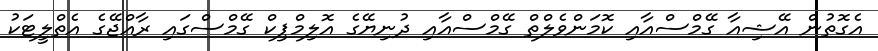
އެގޮތުން އޭޝިއާ ގޭމްސްއާއި ކޮމަންވެލްތް ގޭމްސްއާއި ދުނިޔޭގެ އޮލިމްޕިކް ގޭމްސްގައި ރާއްޖޭގެ އެތްލީޓަކު